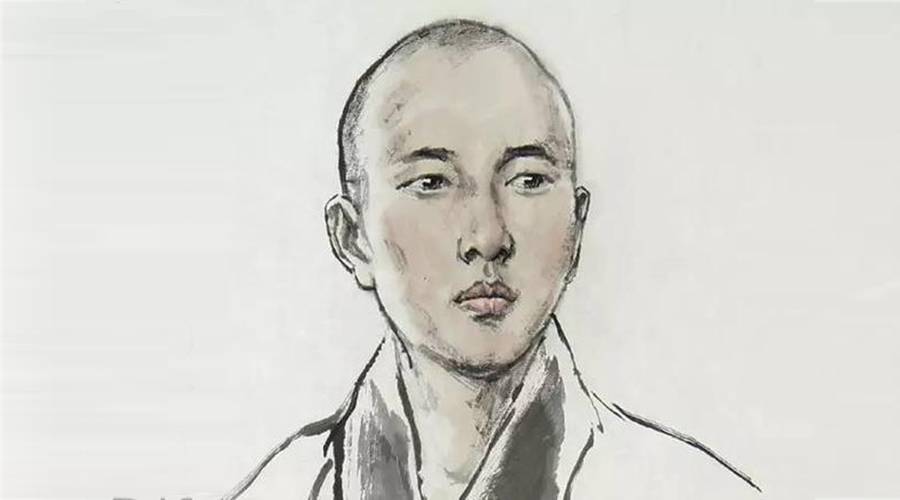
春雨楼头尺八箫，何时归看浙江潮？